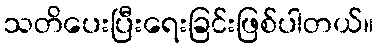
သတိပေးပြီးရေးခြင်းဖြစ်ပါတယ်။